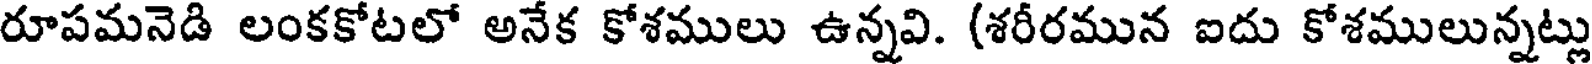
రూపమనెడి లంకకోటలో అనేక కోశములు ఉన్నవి. (శరీరమున ఐదు కోశములున్నట్లు